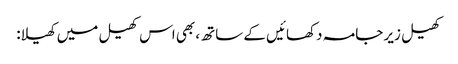
کھیل زیر جامہ دکھائیں کے ساتھ، بھی اس کھیل میں کھیلا: